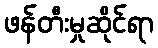
ဖန်တီးမှုဆိုင်ရာ